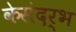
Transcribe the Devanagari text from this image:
केसंदर्भ